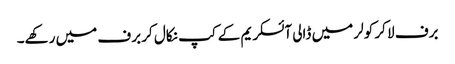
برف لا کر کولر میں ڈالی آئسکریم کے کپ نکال کر برف میں رکھے۔